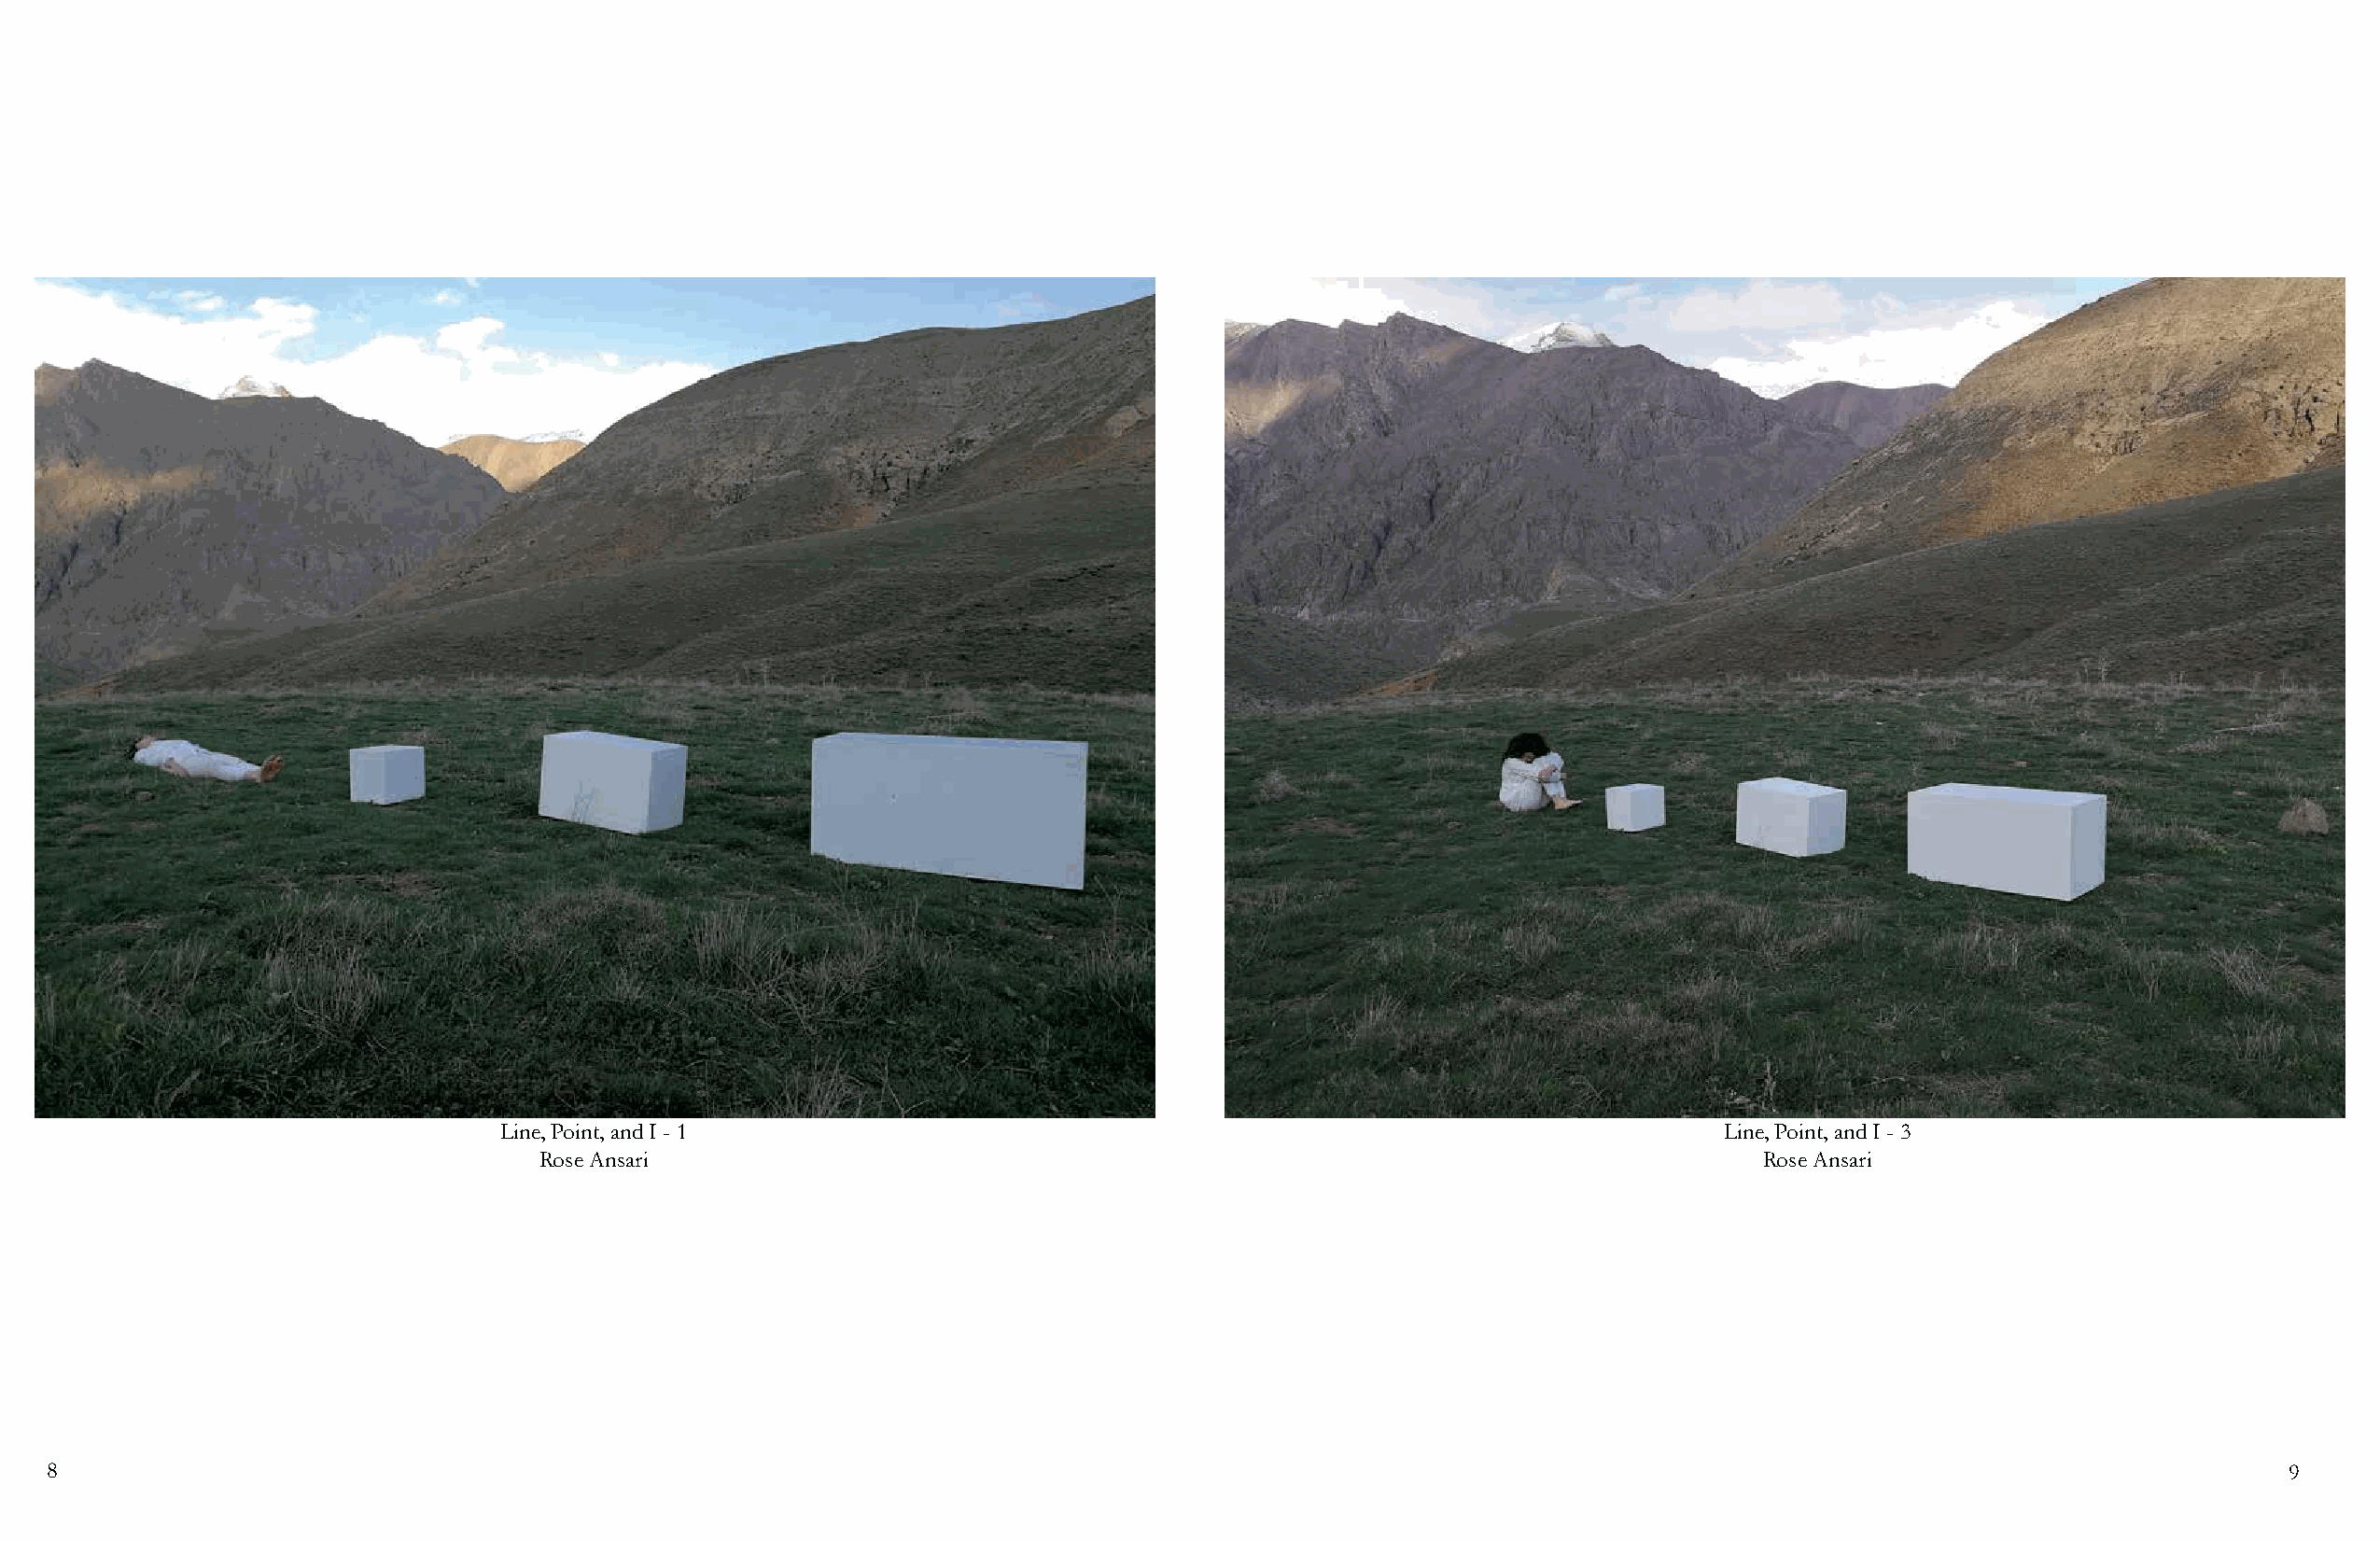
Line, Point, and I - 1                                                                 Line, Point, and I - 3
 Rose Ansari                                                                            Rose Ansari
 8                                                                                                                                                              9